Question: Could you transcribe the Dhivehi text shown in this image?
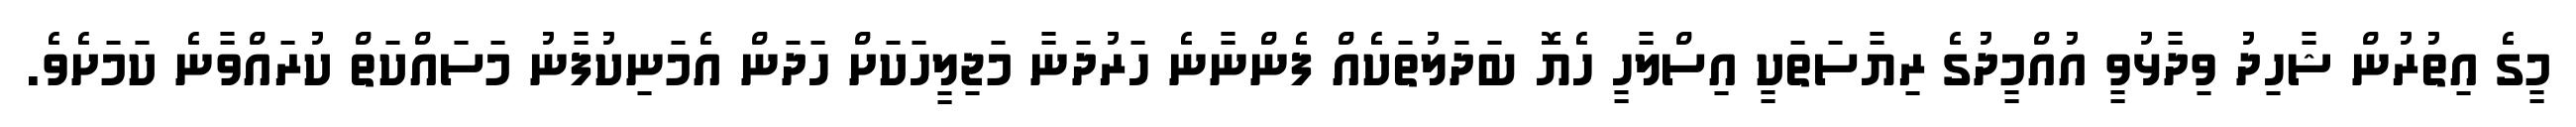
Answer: މީގެ އިތުރުން ޝާހިދު ވިދާޅުވީ އުއްމީދުގެ ރިޔާސަތަކީ އިސްލާހީ ހެޔޮ ބަދަލުތަކެއް ފެންނާނެ ހަރުދަނާ މަޖިލީހަކަށް ހަދަން އެމަނިކުފާނު މަސައްކަތް ކުރައްވާނެ ކަމަށެވެ.